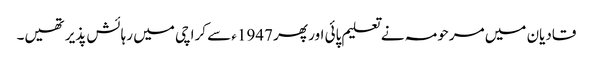
قادیان میں مرحومہ نے تعلیم پائی اور پھر 1947ء سے کراچی میں رہائش پذیر تھیں۔